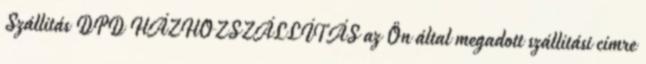
Szállítás DPD HÁZHOZSZÁLLÍTÁS az Ön által megadott szállítási címre